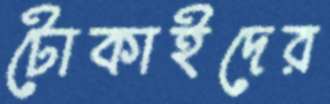
টোকাইদের